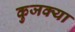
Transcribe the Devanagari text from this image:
कुजक्या